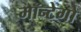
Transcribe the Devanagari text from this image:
मॉन्टेगो